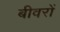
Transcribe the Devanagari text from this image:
बीवरों